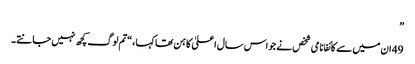
”
49 ان میں سے کائفا نامی شخص نے جو اس سال اعلیٰ کاہن تھا کہا ، “تم لوگ کچھ نہیں جانتے۔